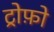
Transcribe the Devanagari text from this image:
ट्रोफ़ो